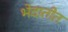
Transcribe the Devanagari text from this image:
भेदातीत